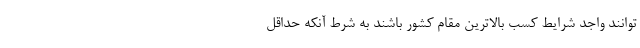
‌توانند واجد شرایط کسب بالاترین مقام کشور باشند به شرط آنکه حداقل